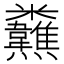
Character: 𩏸